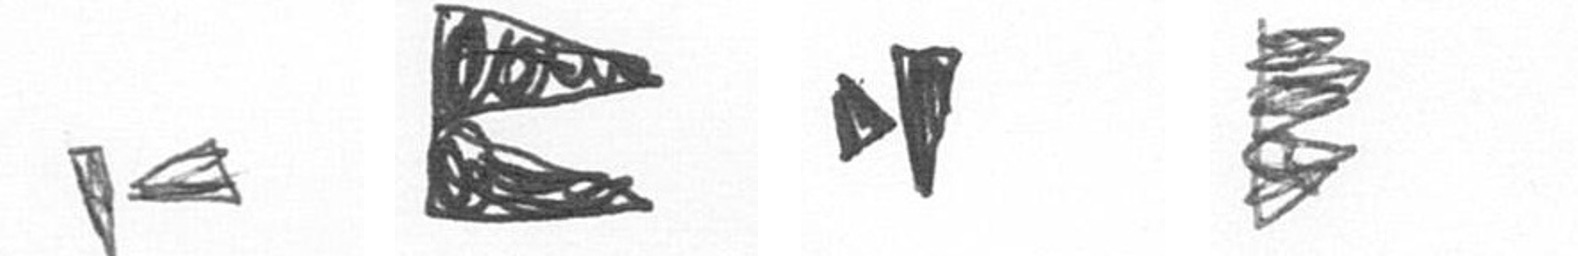
F P M H